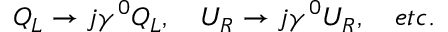
Q _ { L } \to j \gamma ^ { 0 } Q _ { L } , \quad U _ { R } \to j \gamma ^ { 0 } U _ { R } , \quad e t c .